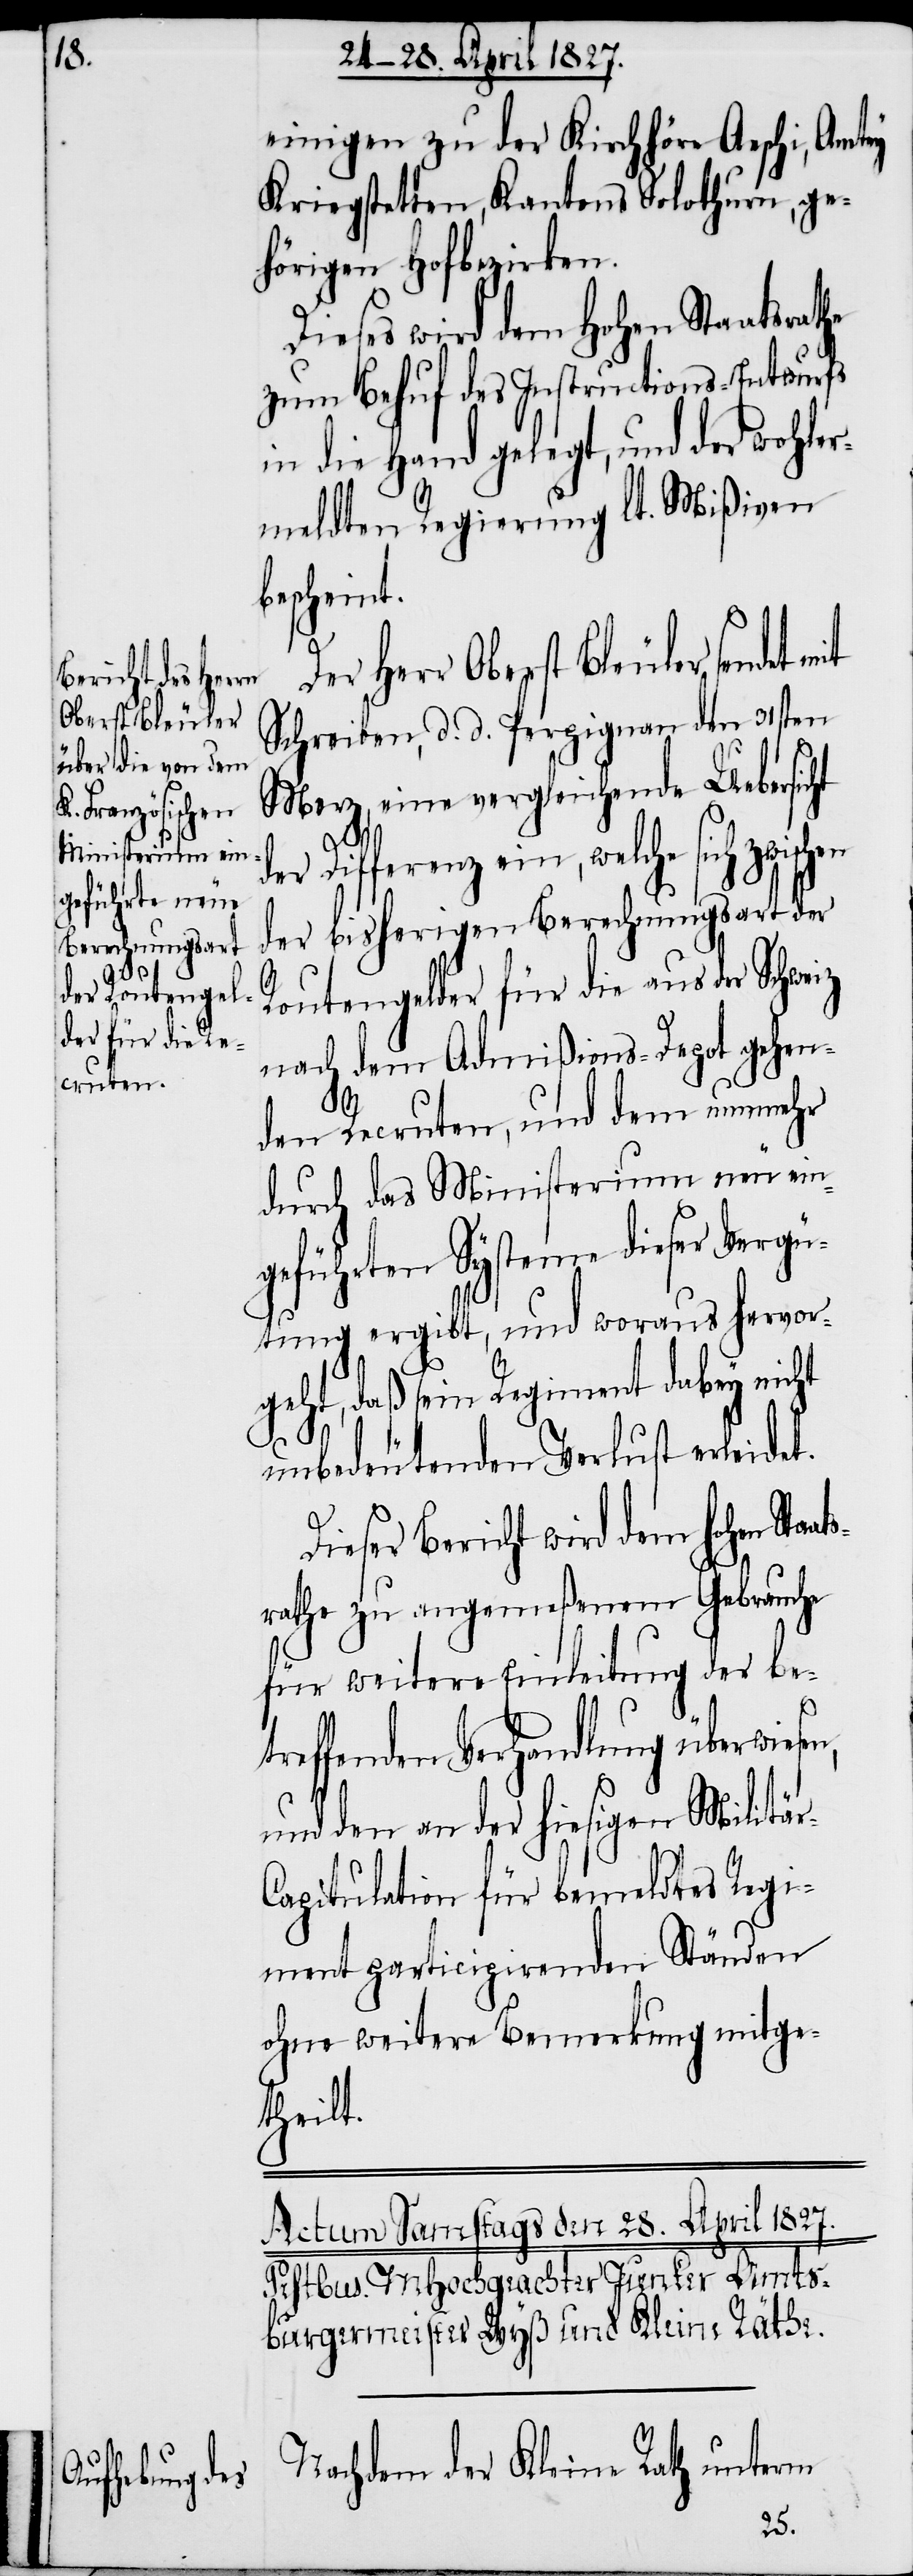
einigen zu der Kirchhöre Aeschi, Amtey
Kriegstetten, Kantons Solothurn, ge¬
hörigen Hofbezirken.
Dieses wird dem Hohen Staatsrat¬
zum Behuf des Instructions-Entwurfs
in die Hand gelegt, und der wohler¬
meldten Regierung lt. Mißiven
bescheint.
Herr Oberst Bleuler sendet
Schreiben, d. d. Perpignan den 31sten
Merz, eine vergleichende Uebersicht
der Differenz ein, welche sich zwischen
der bisherigen Berechnungsart der
Routengelder für die aus der Schwe¬
nach dem Admißions-Depot gehen¬
en,
den Recruten, und dem nunmehr
durch das Ministerium neu ein¬
geführten Systeme dieser Vergü¬
tung ergibt, und woraus hervor¬
geht, daß sein Regiment dabey nicht
unbedeutenden Verlust erleidet.
Dieser Bericht wird dem hohen Sta¬
rathe zu angemeßenem Gebrauche
für weitere Einleitung der bet¬
reffenden Verhandlung überwies¬
und den an der hiesigen Militär-C¬
apitulation für bemeldtes Regi¬
ment participirenden Ständen
ohne weitere Bemerkung mitge¬
theilt.
Nachdem der Kleine Rath unterm